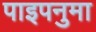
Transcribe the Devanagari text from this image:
पाइपनुमा